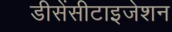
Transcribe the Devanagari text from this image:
डीसेंसीटाइजेशन